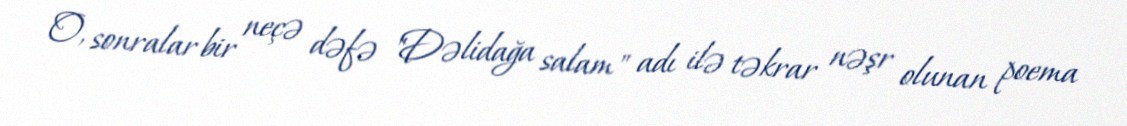
O, sonralar bir neçə dəfə "Dəlidağa salam" adı ilə təkrar nəşr olunan poema